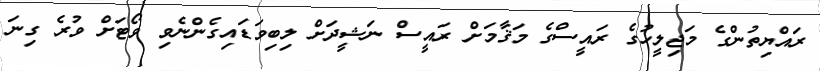
ރައްޔިތުންގެ މަޖިލީހުގެ ރައީސްގެ މަޤާމަށް ރައީސް ނަޝީދަށް ލިބިވަޑައިގެންނެވި ވޯޓަށް ވުރެ ގިނަ